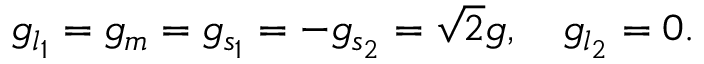
g _ { l _ { 1 } } = g _ { m } = g _ { s _ { 1 } } = - g _ { s _ { 2 } } = \sqrt 2 g , \quad g _ { l _ { 2 } } = 0 .